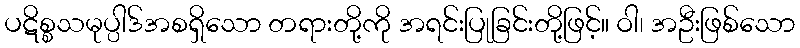
ပဋိစ္စသမုပ္ပါဒ်အစရှိသော တရားတို့ကို အရင်းပြုခြင်းတို့ဖြင့်။ ဝါ၊ အဦးဖြစ်သော